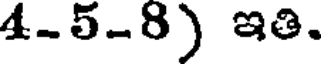
4-5-8) ఇతి.